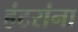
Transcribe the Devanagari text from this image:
हंटरांना